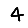
Digit: 4